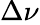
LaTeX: \Delta\nu_{}